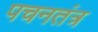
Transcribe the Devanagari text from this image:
पचनतंत्र